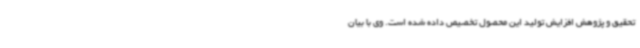
تحقیق و پژوهش افزایش تولید این محصول تخصیص داده شده است. وی با بیان